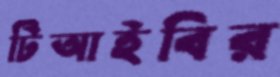
টিআইবির